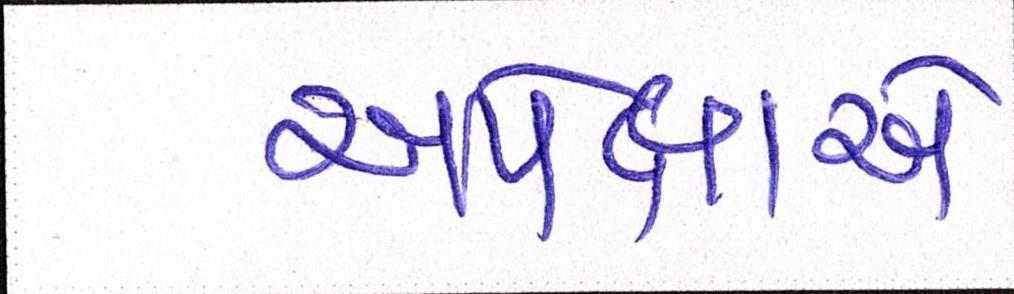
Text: અપેક્ષાએ